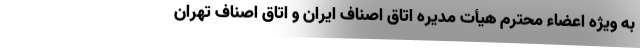
به ویژه اعضاء محترم هیأت مدیره اتاق اصناف ایران و اتاق اصناف تهران